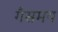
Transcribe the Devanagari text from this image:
गैसमय